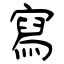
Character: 寫